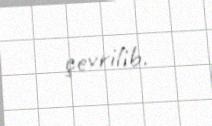
çevrilib.